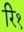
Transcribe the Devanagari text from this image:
रि१